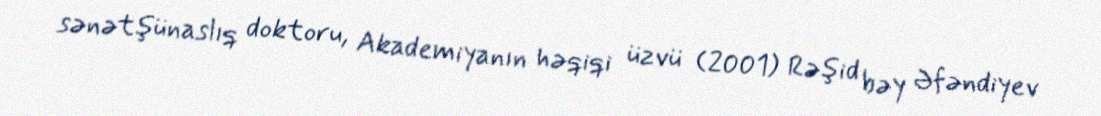
sənətşünaslıq doktoru, Akademiyanın həqiqi üzvü (2001) Rəşid bəy Əfəndiyev